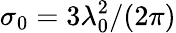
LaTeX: \sigma_{0}=3\lambda_{0}^{2}/(2\pi)